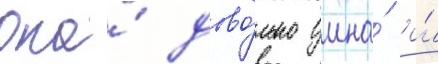
Она́ дово́льно умна́ и́